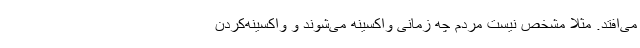
می‌افتد. مثلا مشخص نیست مردم چه زمانی واکسینه می‌شوند و واکسینه‌کردن